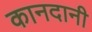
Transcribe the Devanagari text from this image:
कानदानी